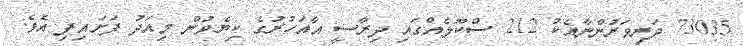
73035 ދަރިވަރުންނާއެކު 212 ސްކޫލެއްގައި ދިރާސީ އާއަހުރުގެ ކިޔެވުން މިއަދު ފަށައިފި އެވެ.